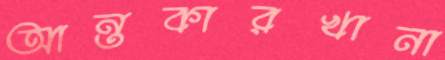
আন্তকারখানা